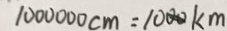
1 0 0 0 0 0 0 c m = 1 0 0 0 k m